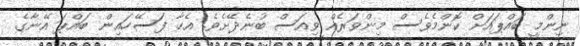
ނިންމީ ބައްޕައަށް ކޮންމެވެސް މިންވަރެއް ވިއަސް ބުނެދޭށެވެ. އެހާ ފަސޭހައިން ބައްޕަ އޭނާގެ